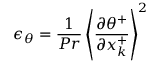
\epsilon _ { \theta } = \frac { 1 } { P r } \left< \frac { \partial \theta ^ { + } } { \partial x _ { k } ^ { + } } \right> ^ { 2 }